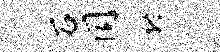
石同终